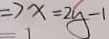
\Rightarrow x = 2 y - 1